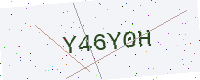
Text: Y46Y0H